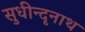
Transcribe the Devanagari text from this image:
सुधीन्दृनाथ